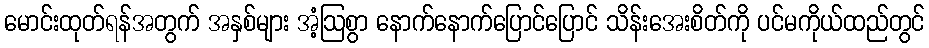
မောင်းထုတ်ရန်အတွက် အနှစ်များ အံ့ဩစွာ နောက်နောက်ပြောင်ပြောင် သိန်းအေးစိတ်ကို ပင်မကိုယ်ထည်တွင်